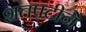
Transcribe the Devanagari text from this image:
शतपटीने